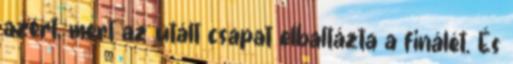
azért, mert az utált csapat elbaltázta a finálét. És